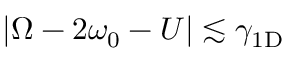
| \Omega - 2 \omega _ { 0 } - U | \lesssim \gamma _ { \mathrm { 1 D } }